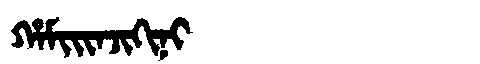
Manchu: ᡥᠠᠮᡳᡳᠨᠵᡳᡴᡳᠨᡳ
Romanization: HAMIINJIKINI